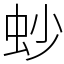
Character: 䖢